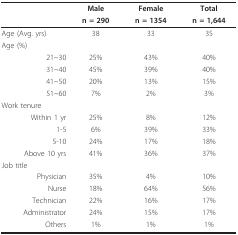
|  | Male | Female | Total |
 |  | n = 290 | n = 1354 | n = 1,644 |
 | --- | --- | --- | --- |
 | Age (Avg. yrs) | 38 | 33 | 35 |
 | Age (%) |  |  |  |
 | 21~30 | 25% | 43% | 40% |
 | 31~40 | 45% | 39% | 40% |
 | 41~50 | 20% | 13% | 15% |
 | 51~60 | 7% | 2% | 3% |
 | Work tenure |  |  |  |
 | Within 1 yr | 25% | 8% | 12% |
 | 1-5 | 6% | 39% | 33% |
 | 5-10 | 24% | 17% | 18% |
 | Above 10 yrs | 41% | 36% | 37% |
 | Job title |  |  |  |
 | Physician | 35% | 4% | 10% |
 | Nurse | 18% | 64% | 56% |
 | Technician | 22% | 16% | 17% |
 | Administrator | 24% | 15% | 17% |
 | Others | 1% | 1% | 1% |